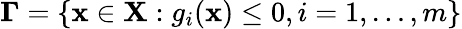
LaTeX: \mathbf{\Gamma}=\left\{ \mathbf{x}\in\mathbf{X}:g_{i}(\mathbf{x})\leq 0,i=1,\ldots,m\right\}